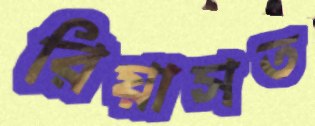
রিয়াসত